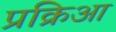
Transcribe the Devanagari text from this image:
प्रक्रिआ